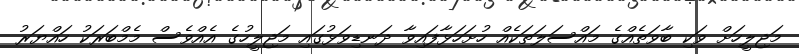
މަޖިލީހަށް ވަކި ބާވަތެއްގެ މައްސަލަތަކެއް ހުށަހަޅާފައިވާ ދަނޑިވަޅުގައި މަޖިލީހުގެ އެއްވެސް މެމްބަރަކު ހައްޔަރު